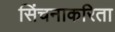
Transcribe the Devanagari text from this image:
सिंचनाकरिता